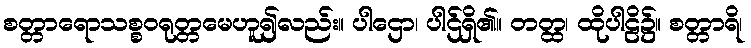
စတ္တာရောသစ္စဝရုတ္တမေဟူ၍လည်း။ ပါဌော၊ ပါဌ်ရှိ၏။ တတ္ထ၊ ထိုပါဠိ၌။ စတ္တာရိ၊